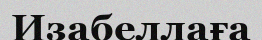
Изабеллаға